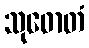
သုဓောတံ